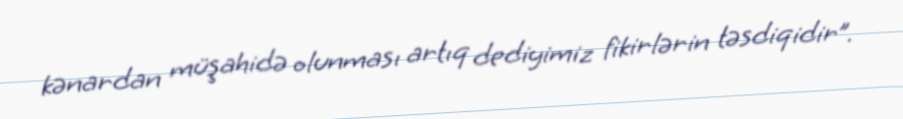
kənardan müşahidə olunması artıq dediyimiz fikirlərin təsdiqidir”.